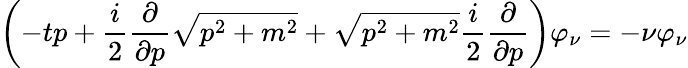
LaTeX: \left(-tp+\frac{i}{2}\frac{\partial}{\partial p}\sqrt{p^{2}+m^{2}}+\sqrt{p^{2}+m^{2}}\frac{i}{2}\frac{\partial}{\partial p}\right)\varphi_{\nu}=-\nu\varphi_{\nu}